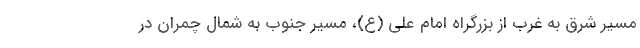
مسیر شرق به غرب از بزرگراه امام علی (ع)، مسیر جنوب به شمال چمران در